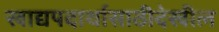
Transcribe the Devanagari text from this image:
खाद्यपदार्थासाठीदेखील